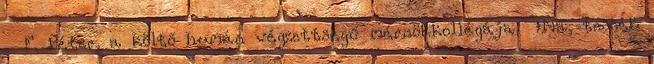
F. Péter, a költő humán végzettségű mérnökkollégája „Na, tessék